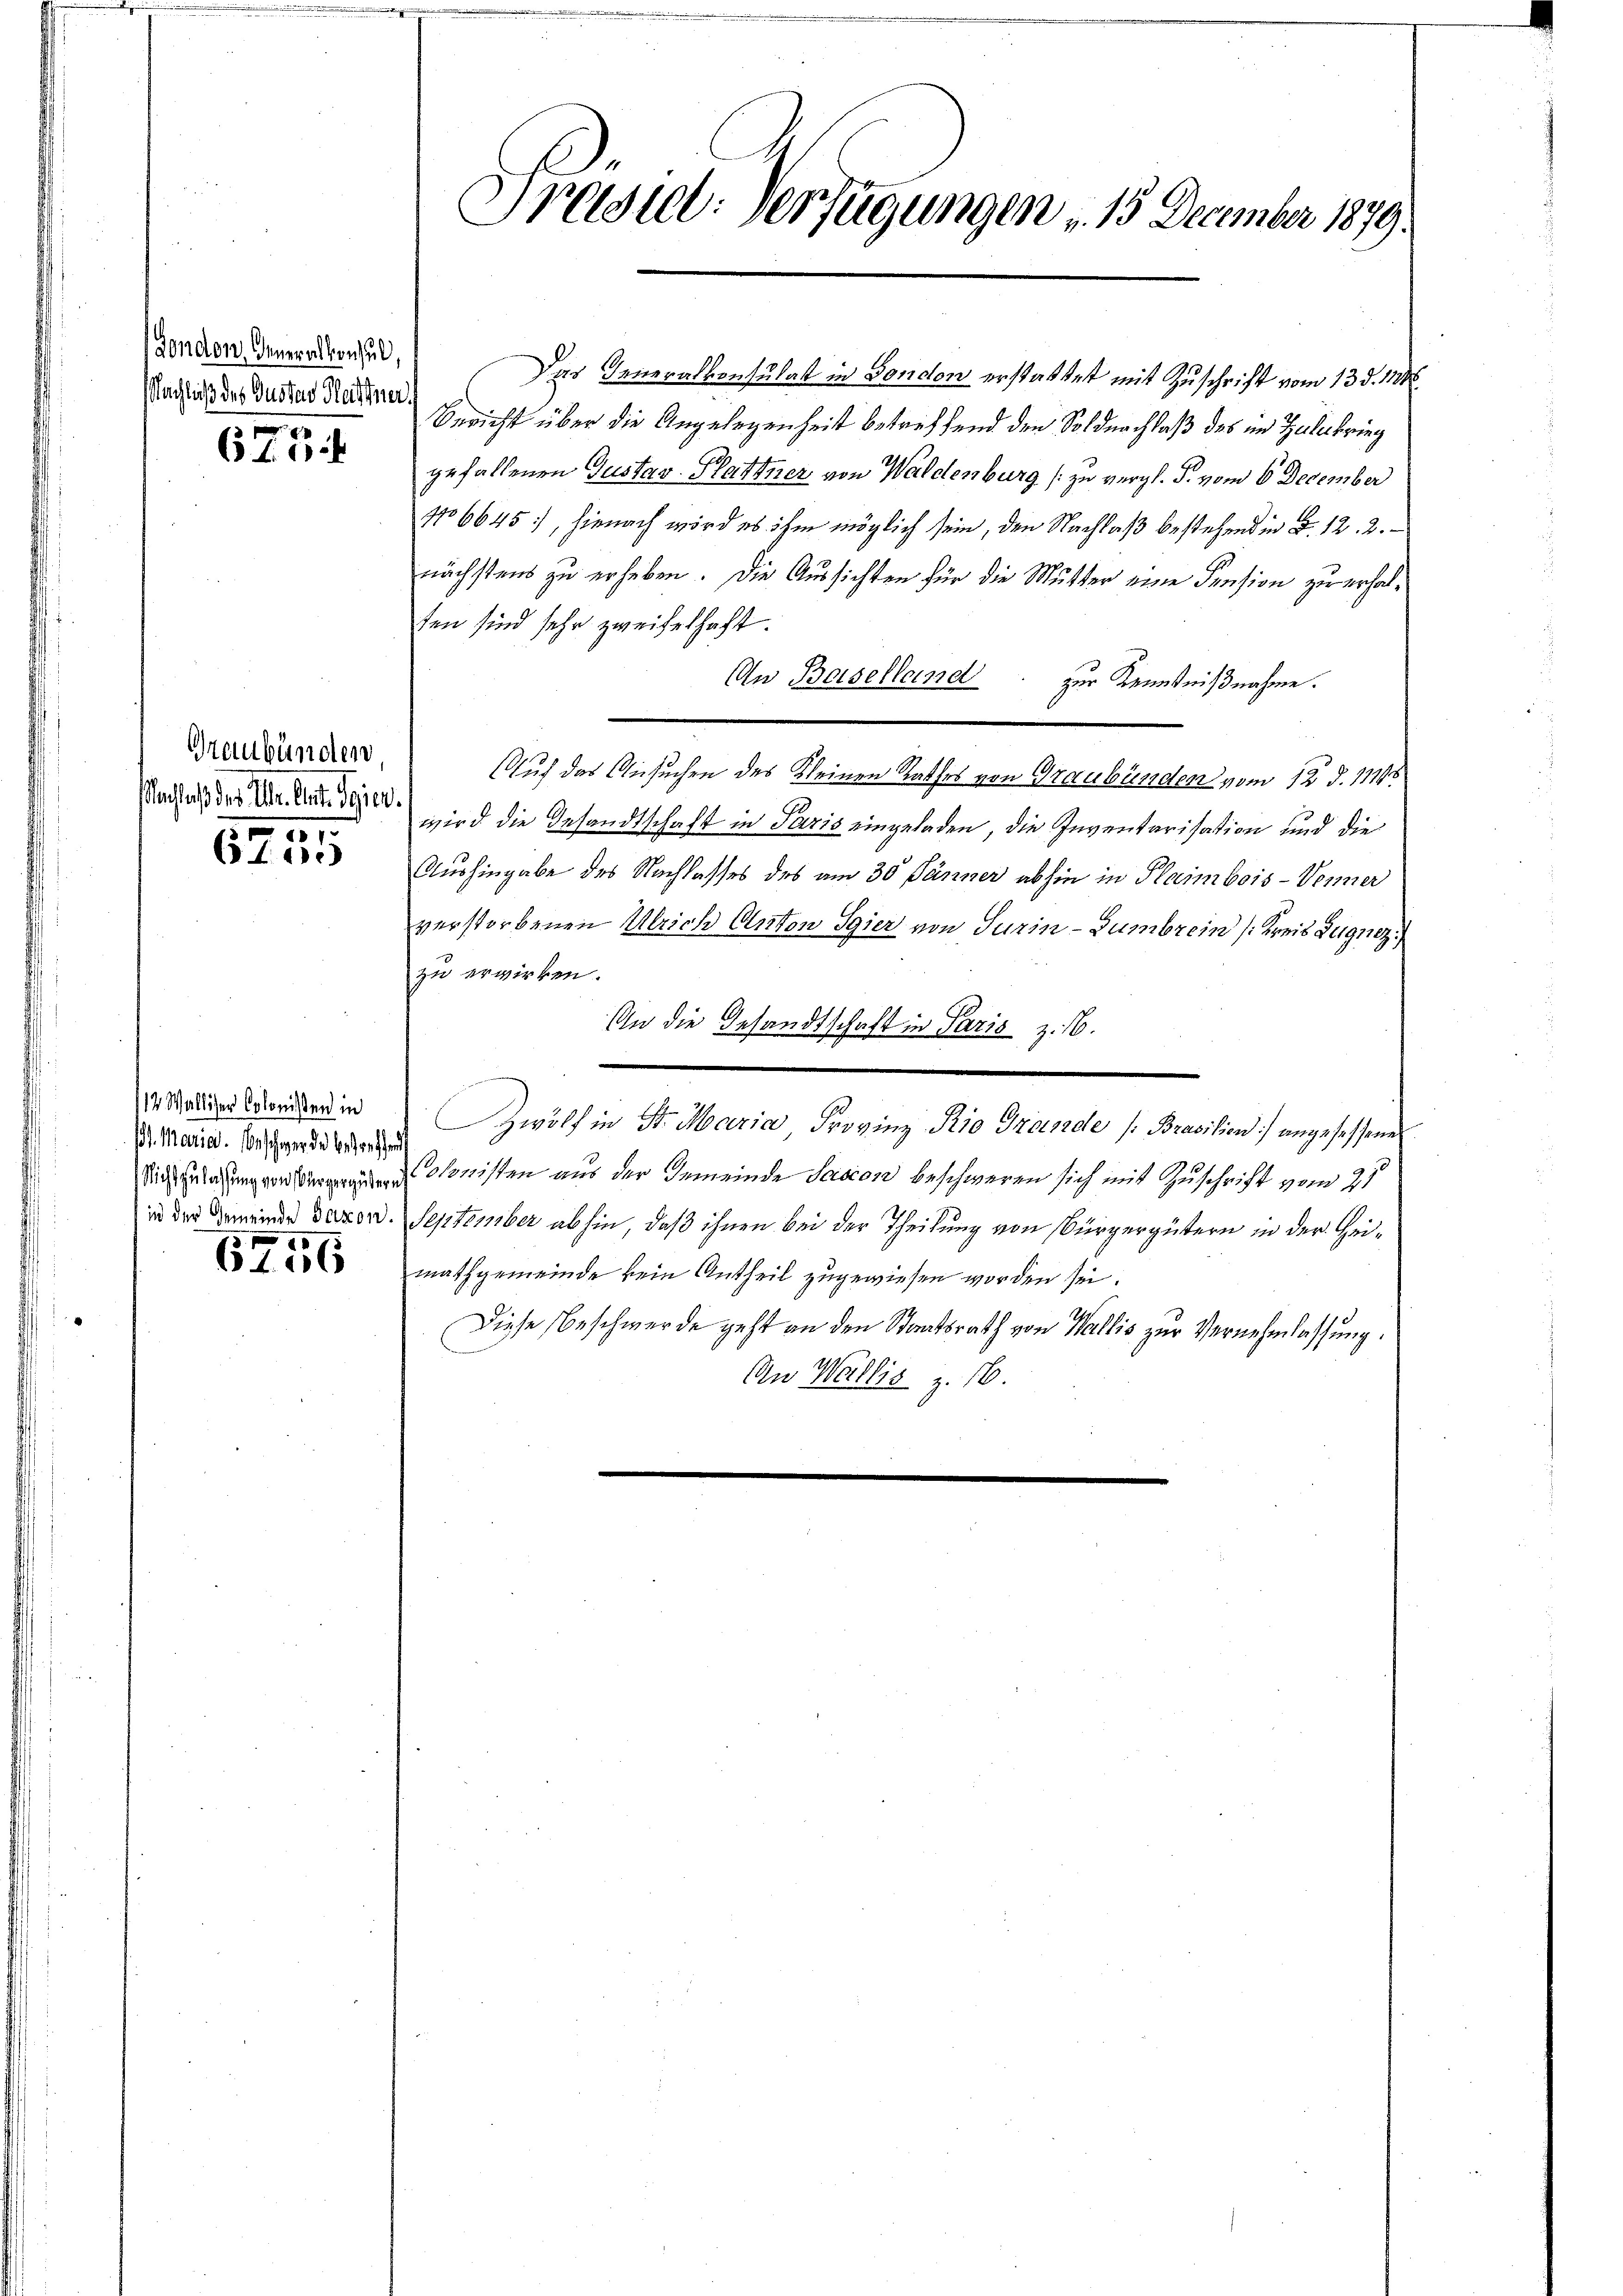
Gondon, Generalkonsul,
achluß des Gustav Hartner

673

Graubünden
Nachlaß der Ulr. Art. Sier.
101.

6te

12 Walliser Colonisten in
s. Marie. Erschwerde betreffen

6756

Präsiel. Verfügungen 15 December 1879.

Das Generalkonsulat in Fondon erstattet mit Zuschrift vom 13. d. M.
Bericht über die Angelegenheit betreffend den Soldnachlaß des im Zulekrieg
gefallenen Gustav-Plattner von Waldenburg (zu vergl. P. vom 6. December
16645, hienach wird es ihm möglich sein, den Nachlaß bestehend in §. 12. 2.
nächstens zu erheben. Die Aussichten für die Mutter eine Pension zu erhalten sind sehr zweifelhaft.
An Baselland
zur Kenntnißnahme.
Auf das Ansuchen des Kleinen Rathes von Graubünden vom 12. d. 111.
wird die Gesandtschaft in Paris eingeladen, die Inventarisation und die
Aushingabe des Nachlasses des am 30 Jänner abhin in Plaimbois-Venner
verstorbenen Ulrich Anton Sgier von Turin-Gumbrein Kreis Lugnez
zu erwirken.
An die Gesandtschaft in Paris z. 16.
Zwölf in St. Maria, Provinz Rio Grande [Brasilien) angesessene
 Ministen aus der Gemeinde Sasson beschweren sich mit Zuschrift vom 25.
in der Gemeinde Baron. September abhin, daß ihnen bei der Theilung von Bürgergütern in der Heimathgemeinde kein Antheil zugewiesen worden sei.
Diese Beschwerde geht an den Staatsrath von Wallis zur Vernehmlassung.
An Wallis z. 16.
.